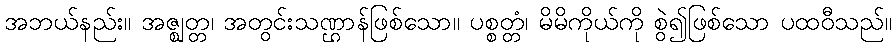
အဘယ်နည်း။ အဇ္ဈတ္တ၊ အတွင်းသဏ္ဌာန်ဖြစ်သော။ ပစ္စတ္တံ၊ မိမိကိုယ်ကို စွဲ၍ဖြစ်သော ပထဝီသည်။